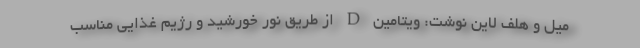
میل و هلف لاین نوشت: ویتامین D از طریق نور خورشید و رژیم غذایی مناسب